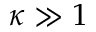
\kappa \gg 1